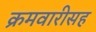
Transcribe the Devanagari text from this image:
क्रमवारीसह